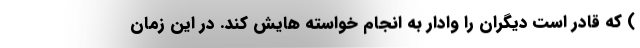
) که قادر است دیگران را وادار به انجام خواسته هایش کند. در این زمان